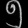
Digit: ၅